画像に写った文字を読んでください
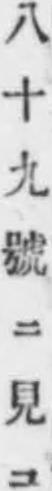
「八十九號ニ見ユ」と書いてあります